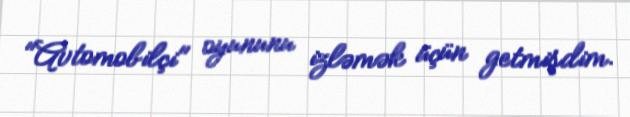
"Avtomobilçi" oyununu izləmək üçün getmişdim.